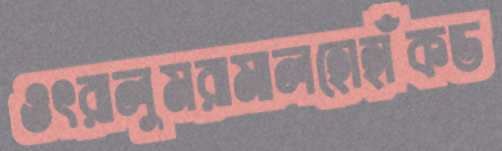
ওৎরালুমরামালহোহাঁকড